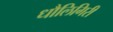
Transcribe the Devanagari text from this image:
धौलिगिरी